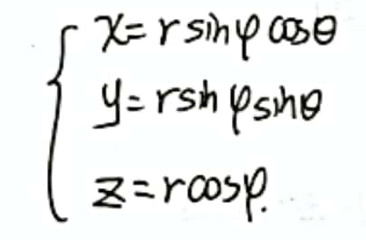
\[
\begin{cases}
x = r\sin\varphi\cos\theta \\
y = r\sin\varphi\sin\theta \\
z = r\cos\varphi
\end{cases}
\]